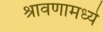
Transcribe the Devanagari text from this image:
श्रावणामध्ये